Report on vaccination in the Province of Bengal - 1874-1889
Year: 1874
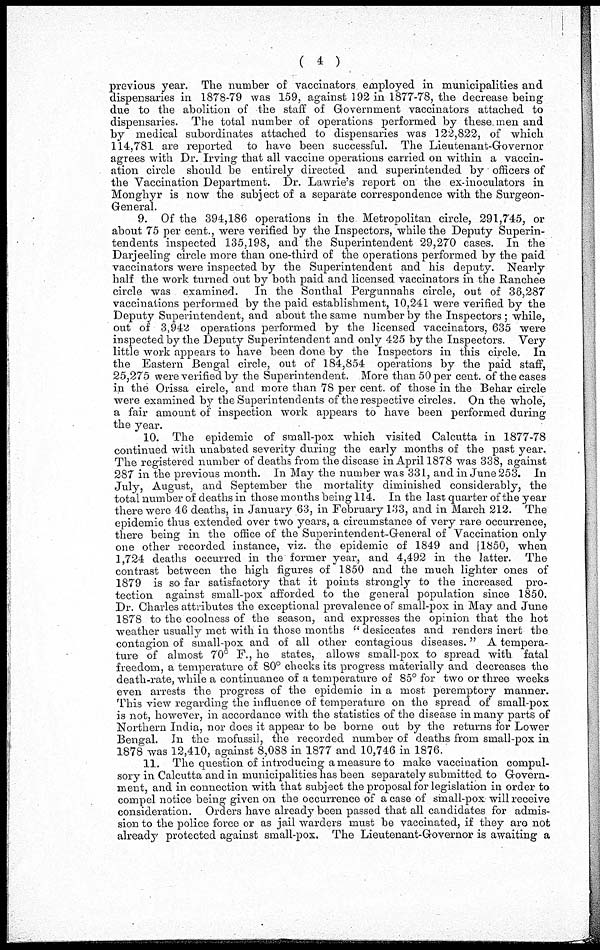
( 4 )
previous year. The number of vaccinators employed in municipalities and
dispensaries in 1878-79 was 159, against 192 in 1877-78, the decrease being
due to the abolition of the staff of Government vaccinators attached to
dispensaries. The total number of operations performed by these men and
by medical subordinates attached to dispensaries was 122,822, of which
114,781 are reported to have been successful. The Lieutenant-Governor
agrees with Dr. Irving that all vaccine operations carried on within a vaccin-
ation circle should be entirely directed and superintended by officers of
the Vaccination Department. Dr. Lawrie's report on the ex-inoculators in
Monghyr is now the subject of a separate correspondence with the Surgeon-
General.
9. Of the 394,186 operations in the Metropolitan circle, 291,745, or
about 75 per cent., were verified by the Inspectors, while the Deputy Superin-
tendents inspected 135,198, and the Superintendent 29,270 cases. In the
Darjeeling circle more than one-third of the operations performed by the paid
vaccinators were inspected by the Superintendent and his deputy. Nearly
half the work turned out by both paid and licensed vaccinators in the Ranchee
circle was examined. In the Sonthal Pergunnahs circle, out of 36,287
vaccinations performed by the paid establishment, 10,241 were verified by the
Deputy Superintendent, and about the same number by the Inspectors ; while,
out of 3,942 operations performed by the licensed vaccinators, 635 were
inspected by the Deputy Superintendent and only 425 by the Inspectors. Very
little work appears to have been done by the Inspectors in this circle. In
the Eastern Bengal circle, out of 184,854 operations by the paid staff,
25,275 were verified by the Superintendent. More than 50 per cent. of the cases
in the Orissa circle, and more than 78 per cent. of those in the Behar circle
were examined by the Superintendents of the respective circles. On the whole,
a fair amount of inspection work appears to have been performed during
the year.
10. The epidemic of small-pox which visited Calcutta in 1877-78
continued with unabated severity during the early months of the past year.
The registered number of deaths from the disease in April 1878 was 338, against
287 in the previous month. In May the number was 331, and in June 253. In
July, August, and September the mortality diminished considerably, the
total number of deaths in those months being 114. In the last quarter of the year
there were 46 deaths, in January 63, in February 133, and in March 212. The
epidemic thus extended over two years, a circumstance of very rare occurrence,
there being in the office of the Superintendent-General of Vaccination only
one other recorded instance, viz. the epidemic of 1849 and 1850, when
1,724 deaths occurred in the former year, and 4,492 in the latter. The
contrast between the high figures of 1850 and the much lighter ones of
1879 is so far satisfactory that it points strongly to the increased pro-
tection against small-pox afforded to the general population since 1850.
Dr. Charles attributes the exceptional prevalence of small-pox in May and June
1878 to the coolness of the season, and expresses the opinion that the hot
weather usually met with in those months " desiccates and renders inert the
contagion of small-pox and of all other contagious diseases." A tempera-
ture of almost 70° F., he states, allows small-pox to spread with fatal
freedom, a temperature of 80° checks its progress materially and decreases the
death-rate, while a continuance of a temperature of 85° for two or three weeks
even arrests the progress of the epidemic in a most peremptory manner.
This view regarding the influence of temperature on the spread of small-pox
is not, however, in accordance with the statistics of the disease in many parts of
Northern India, nor does it appear to be borne out by the returns for Lower
Bengal. In the mofussil, the recorded number of deaths from small-pox in
1878 was 12,410, against 8,088 in 1877 and 10,746 in 1876.
11. The question of introducing a measure to make vaccination compul-
sory in Calcutta and in municipalities has been separately submitted to Govern-
ment, and in connection with that subject the proposal for legislation in order to
compel notice being given on the occurrence of a case of small-pox will receive
consideration. Orders have already been passed that all candidates for admis-
sion to the police force or as jail warders must be vaccinated, if they are not
already protected against small-pox. The Lieutenant-Governor is awaiting a